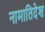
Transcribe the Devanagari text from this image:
नामातिदेश